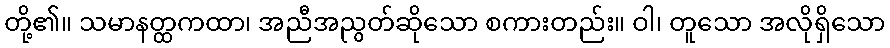
တို့၏။ သမာနတ္ထကထာ၊ အညီအညွတ်ဆိုသော စကားတည်း။ ဝါ၊ တူသော အလိုရှိသော